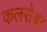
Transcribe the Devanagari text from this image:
कलसेश्वर